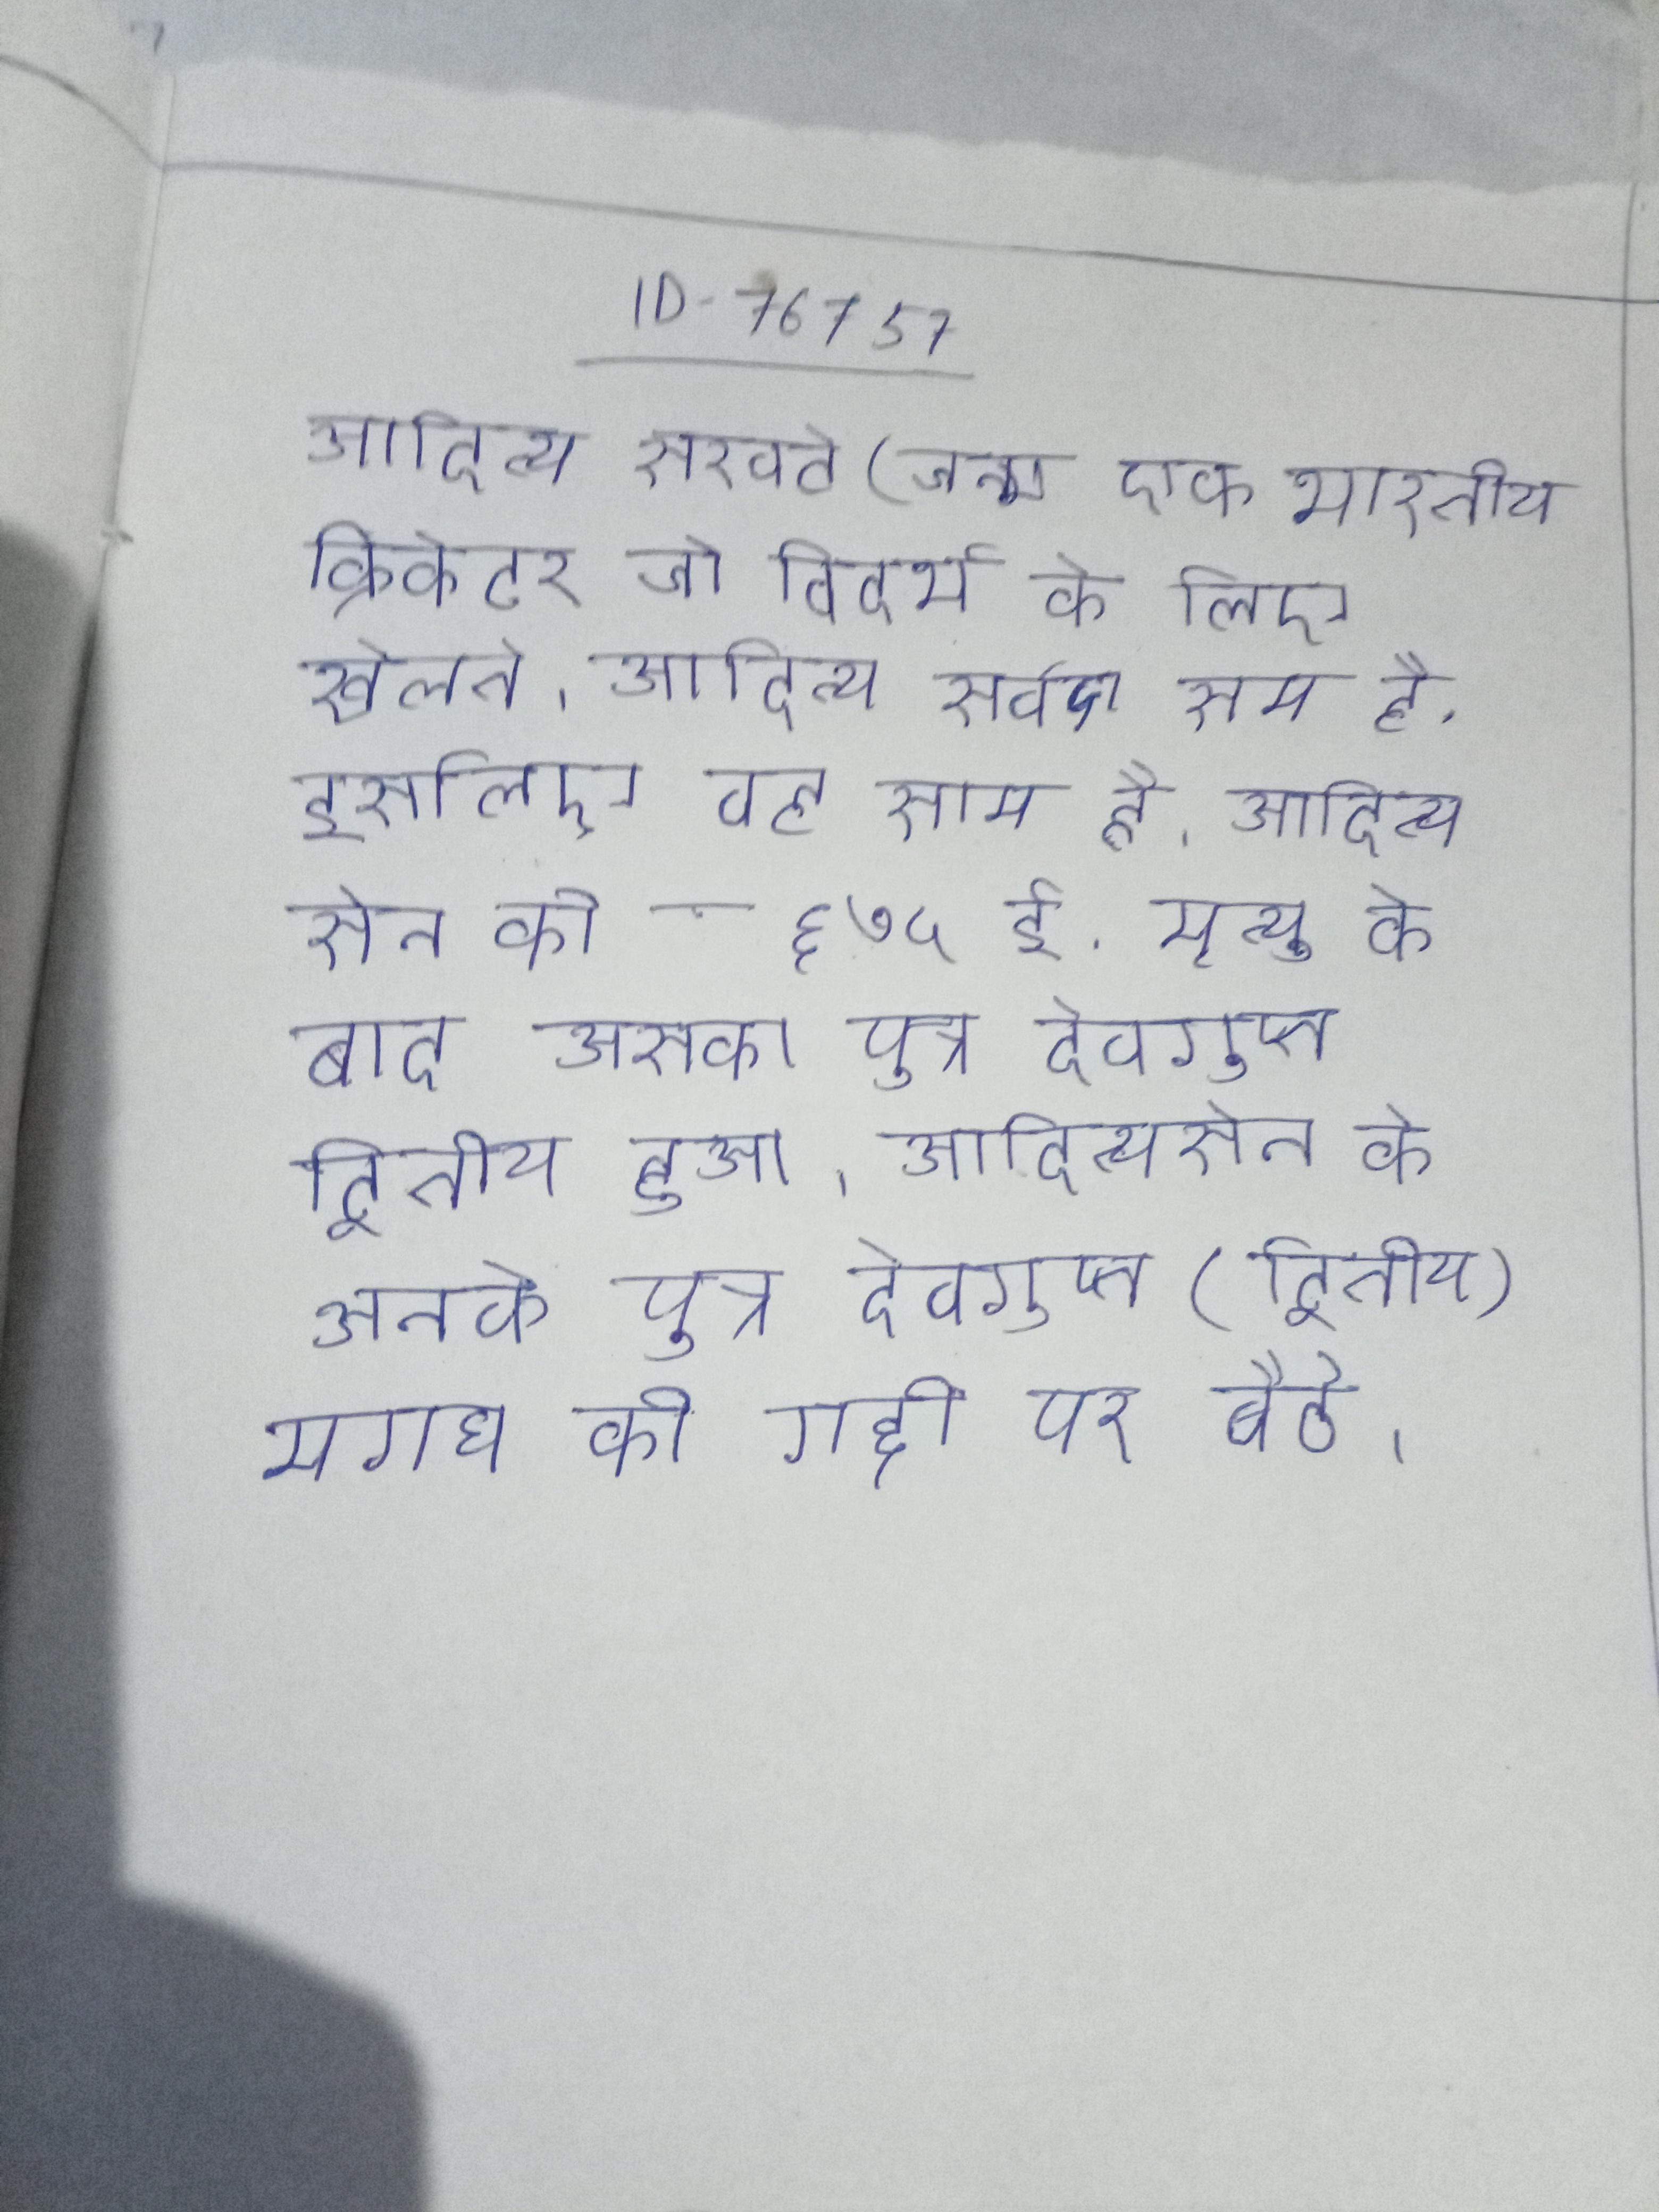
आदित्य सरवटे (जन्म एक भारतीय क्रिकेटर जो विदर्भ के लिए खेलते । आदित्य सर्वदा सम है, इसलिए वह साम है । आदित्य सेन की ६७५ ई. मृत्यु के बाद उसका पुत्र देवगुप्त द्वितीय हुआ । आदित्यसेन के उनके पुत्र देवगुप्त (द्वितीय) मगध की गद्दी पर बैठे ।